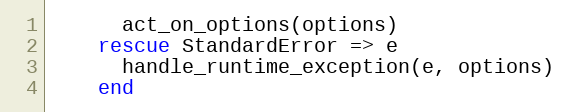
Language: Ruby
      act_on_options(options)
    rescue StandardError => e
      handle_runtime_exception(e, options)
    end